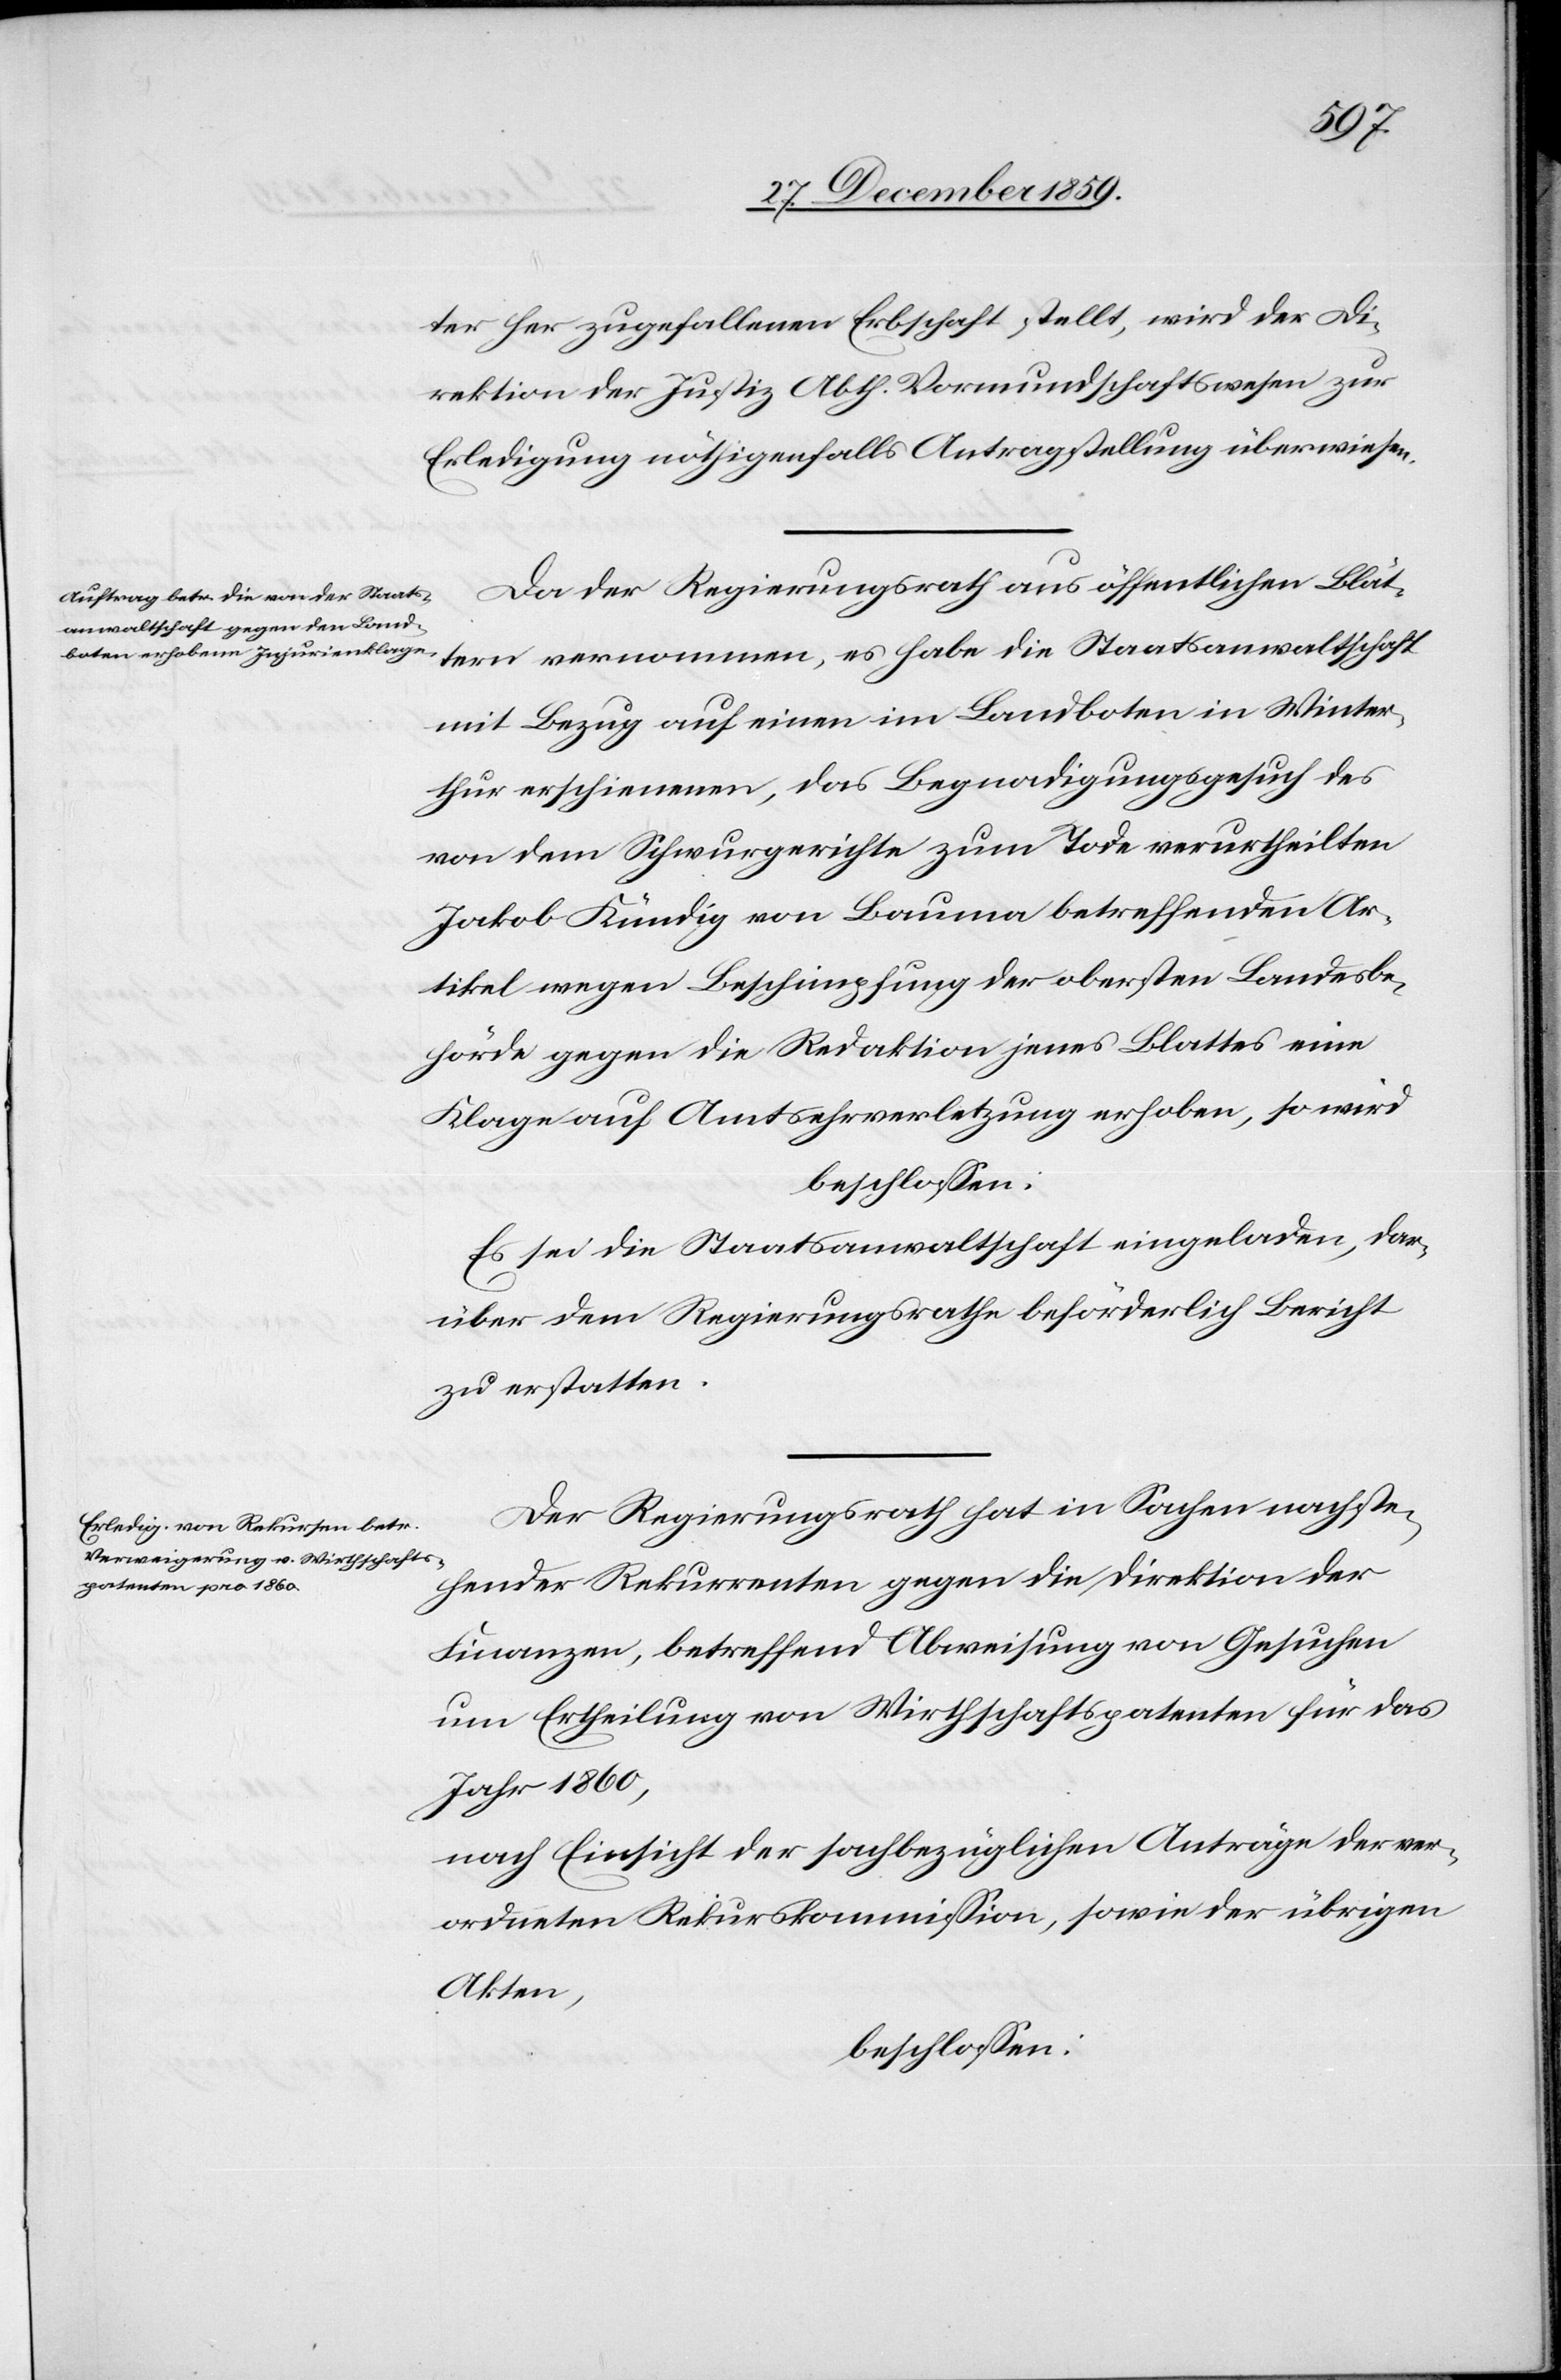
ter her zugefallenen Erbschaft stellt, wird der Di¬
rektion der Justiz Abth. Vormundschaftswesen zur
Erledigung nöthigenfalls Antragstellung überwiesen.
Da der Regierungsrath aus öffentlichen Blät¬
tern vernommen, es habe die Staatsanwaltschaft
mit Bezug auf einen im Landboten in Winter¬
thur erschienenen, das Begnadigungsgesuch des
von dem Schwurgerichte zum Tode verurtheilten
Jakob Kündig von Bauma betreffenden Ar¬
tikel wegen Beschimpfung der obersten Landesbe¬
hörde gegen die Redaktion jenes Blattes eine
Klage auf Amtsehrverletzung erhoben, so wird
beschlossen:
Es sei die Staatsanwaltschaft eingeladen, dar¬
über dem Regierungsrathe beförderlich Bericht
zu erstatten.
Der Regierungsrath hat in Sachen nachste¬
hender Rekurrenten gegen die Direktion der
Finanzen, betreffend Abweisung von Gesuchen
um Ertheilung von Wirthschaftspatenten für das
Jahr 1860,
nach Einsicht der sachbezüglichen Anträge der ver¬
ordneten Rekurskommission, sowie der übrigen
Akten,
beschlossen: